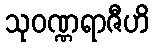
သုဝဏ္ဏရာဇီဟိ